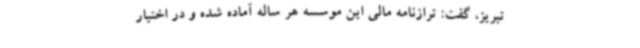
تبریز، گفت: ترازنامه مالی این موسسه هر ساله آماده شده و در اختیار